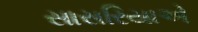
સાસરિયાએ